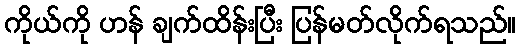
ကိုယ်ကို ဟန် ချက်ထိန်းပြီး ပြန်မတ်လိုက်ရသည်။